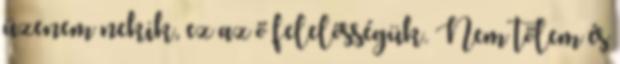
üzenem nekik, ez az ő felelősségük. Nem tőlem és